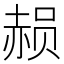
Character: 𮷑